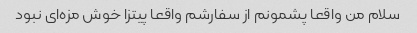
سلام من واقعا پشمونم از سفارشم واقعا پیتزا خوش مزه‌ای نبود